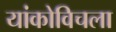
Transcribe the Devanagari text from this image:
यांकोविचला